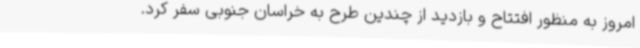
امروز به منظور افتتاح و بازدید از چندین طرح به خراسان جنوبی سفر کرد.